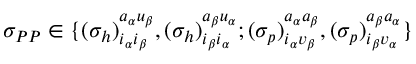
\begin{array} { r } { \sigma _ { P P } \in \{ { ( \sigma _ { h } ) } _ { i _ { \alpha } i _ { \beta } } ^ { a _ { \alpha } u _ { \beta } } , { ( \sigma _ { h } ) } _ { i _ { \beta } i _ { \alpha } } ^ { a _ { \beta } u _ { \alpha } } ; { ( \sigma _ { p } ) } _ { i _ { \alpha } v _ { \beta } } ^ { a _ { \alpha } a _ { \beta } } , { ( \sigma _ { p } ) } _ { i _ { \beta } v _ { \alpha } } ^ { a _ { \beta } a _ { \alpha } } \} } \end{array}